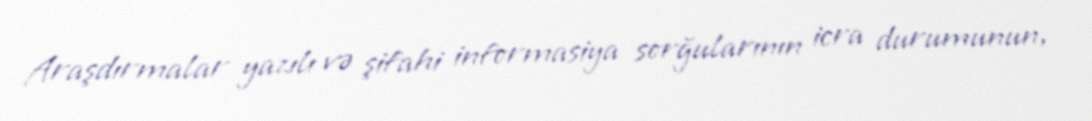
Araşdırmalar yazılı və şifahi informasiya sorğularının icra durumunun,